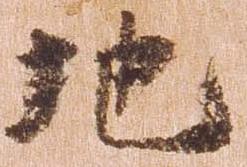
地